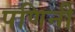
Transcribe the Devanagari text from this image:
पणिनी